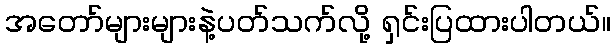
အတော်များများနဲ့ပတ်သက်လို့ ရှင်းပြထားပါတယ်။